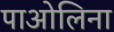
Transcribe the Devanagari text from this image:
पाओलिना